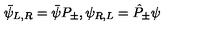
\bar { \psi } _ { L , R } = \bar { \psi } P _ { \pm } , \psi _ { R , L } = \hat { P } _ { \pm } \psi